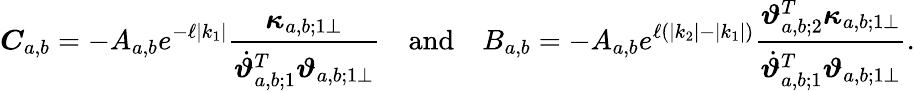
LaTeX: \boldsymbol{C}_{a,b}=-A_{a,b}e^{-\ell\left|k_{1}\right|}\frac{\boldsymbol{\kappa}_{a,b;1\perp}}{\dot{\boldsymbol{\vartheta}}_{a,b;1}^{T}\boldsymbol{\vartheta}_{a,b;1\perp}}\quad\mathrm{and}\quad B_{a,b}=-A_{a,b}e^{\ell\left(\left|k_{2}\right|-\left|k_{1}\right|\right)}\frac{\boldsymbol{\vartheta}_{a,b;2}^{T}\boldsymbol{\kappa}_{a,b;1\perp}}{\dot{\boldsymbol{\vartheta}}_{a,b;1}^{T}\boldsymbol{\vartheta}_{a,b;1\perp}}.